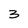
Character: 3